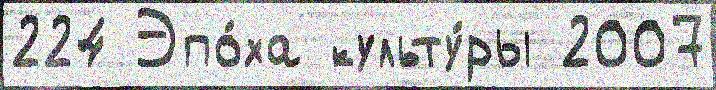
224 Эпо́ха культу́ры 2007